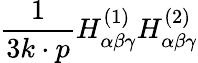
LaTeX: {\frac{1}{3k\cdot p}}H_{\alpha\beta\gamma}^{(1)}H_{\alpha\beta\gamma}^{(2)}